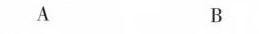
A B